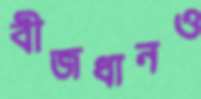
বীজধানও